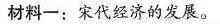
材料一：宋代经济的发展